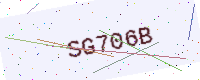
Text: SG706B